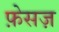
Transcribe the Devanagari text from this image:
फ़ेसज़